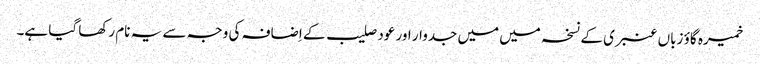
خمیرہ گاؤ زباں عنبری کے نسخہ میں میں جدوار اور عود صلیب کے اِضافہ کی وجہ سے یہ نام رکھا گیا ہے۔